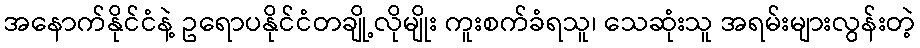
အနောက်နိုင်ငံနဲ့ ဥရောပနိုင်ငံတချို့လိုမျိုး ကူးစက်ခံရသူ၊ သေဆုံးသူ အရမ်းများလွန်းတဲ့